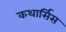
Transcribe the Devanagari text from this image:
कथार्सिस